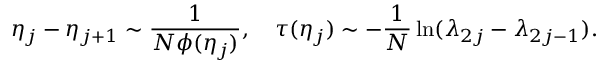
\eta _ { j } - \eta _ { j + 1 } \sim \frac { 1 } { N \phi ( \eta _ { j } ) } , \quad \tau ( \eta _ { j } ) \sim - \frac { 1 } { N } \ln ( \lambda _ { 2 j } - \lambda _ { 2 j - 1 } ) .